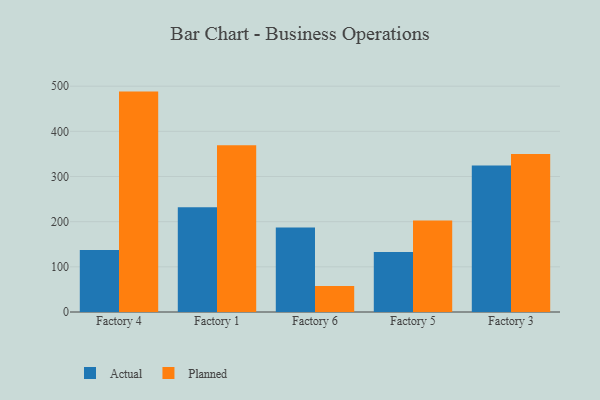
{"axis": {"x": "Factory", "y": "Satisfaction Score"}, "legend": ["Actual", "Planned"], "data": [{"x": "Factory 4", "y": 137.4, "type": "Actual"}, {"x": "Factory 4", "y": 488.0, "type": "Planned"}, {"x": "Factory 1", "y": 232.0, "type": "Actual"}, {"x": "Factory 1", "y": 369.1, "type": "Planned"}, {"x": "Factory 6", "y": 187.3, "type": "Actual"}, {"x": "Factory 6", "y": 57.6, "type": "Planned"}, {"x": "Factory 5", "y": 133.0, "type": "Actual"}, {"x": "Factory 5", "y": 202.4, "type": "Planned"}, {"x": "Factory 3", "y": 324.2, "type": "Actual"}, {"x": "Factory 3", "y": 349.8, "type": "Planned"}]}